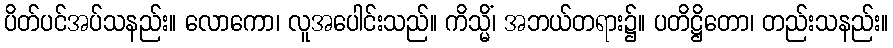
ပိတ်ပင်အပ်သနည်း။ လောကော၊ လူအပေါင်းသည်။ ကိသ္မိံ၊ အဘယ်တရား၌။ ပတိဋ္ဌိတော၊ တည်းသနည်း။